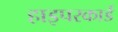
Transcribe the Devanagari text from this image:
हाइपरकार्ड